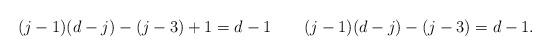
LaTeX: \begin{align*}(j-1)(d-j) - (j-3) + 1 = d-1 \ \ \ \ \ \ (j-1)(d-j) - (j-3) = d-1.\end{align*}